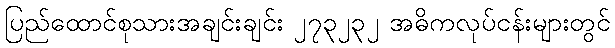
ပြည်ထောင်စုသားအချင်းချင်း ၂၇၃၂၃၂ အဓိကလုပ်ငန်းများတွင်